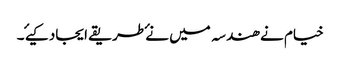
خیام نے ھندسہ میں نۓ طریقے ایجاد کیۓ ۔